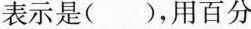
表示是 ( )，用百分